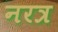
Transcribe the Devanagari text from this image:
नरत्र